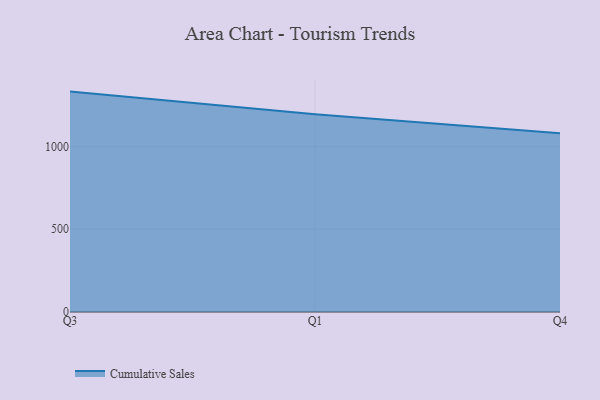
{"axis": {"x": "Quarter", "y": "Humidity (%)"}, "legend": ["Cumulative Sales"], "data": [{"x": "Q3", "y": 1330.4, "type": "Cumulative Sales"}, {"x": "Q1", "y": 1193.5, "type": "Cumulative Sales"}, {"x": "Q4", "y": 1079.4, "type": "Cumulative Sales"}]}